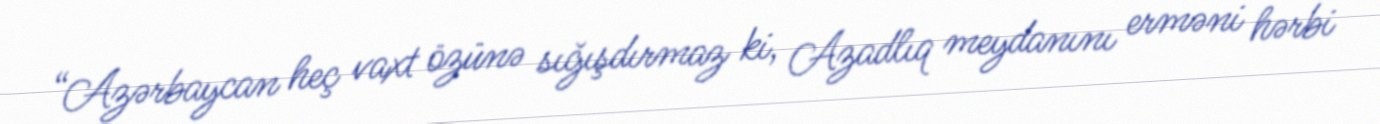
“Azərbaycan heç vaxt özünə sığışdırmaz ki, Azadlıq meydanını erməni hərbi